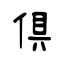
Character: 倶